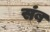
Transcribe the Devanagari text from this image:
संब